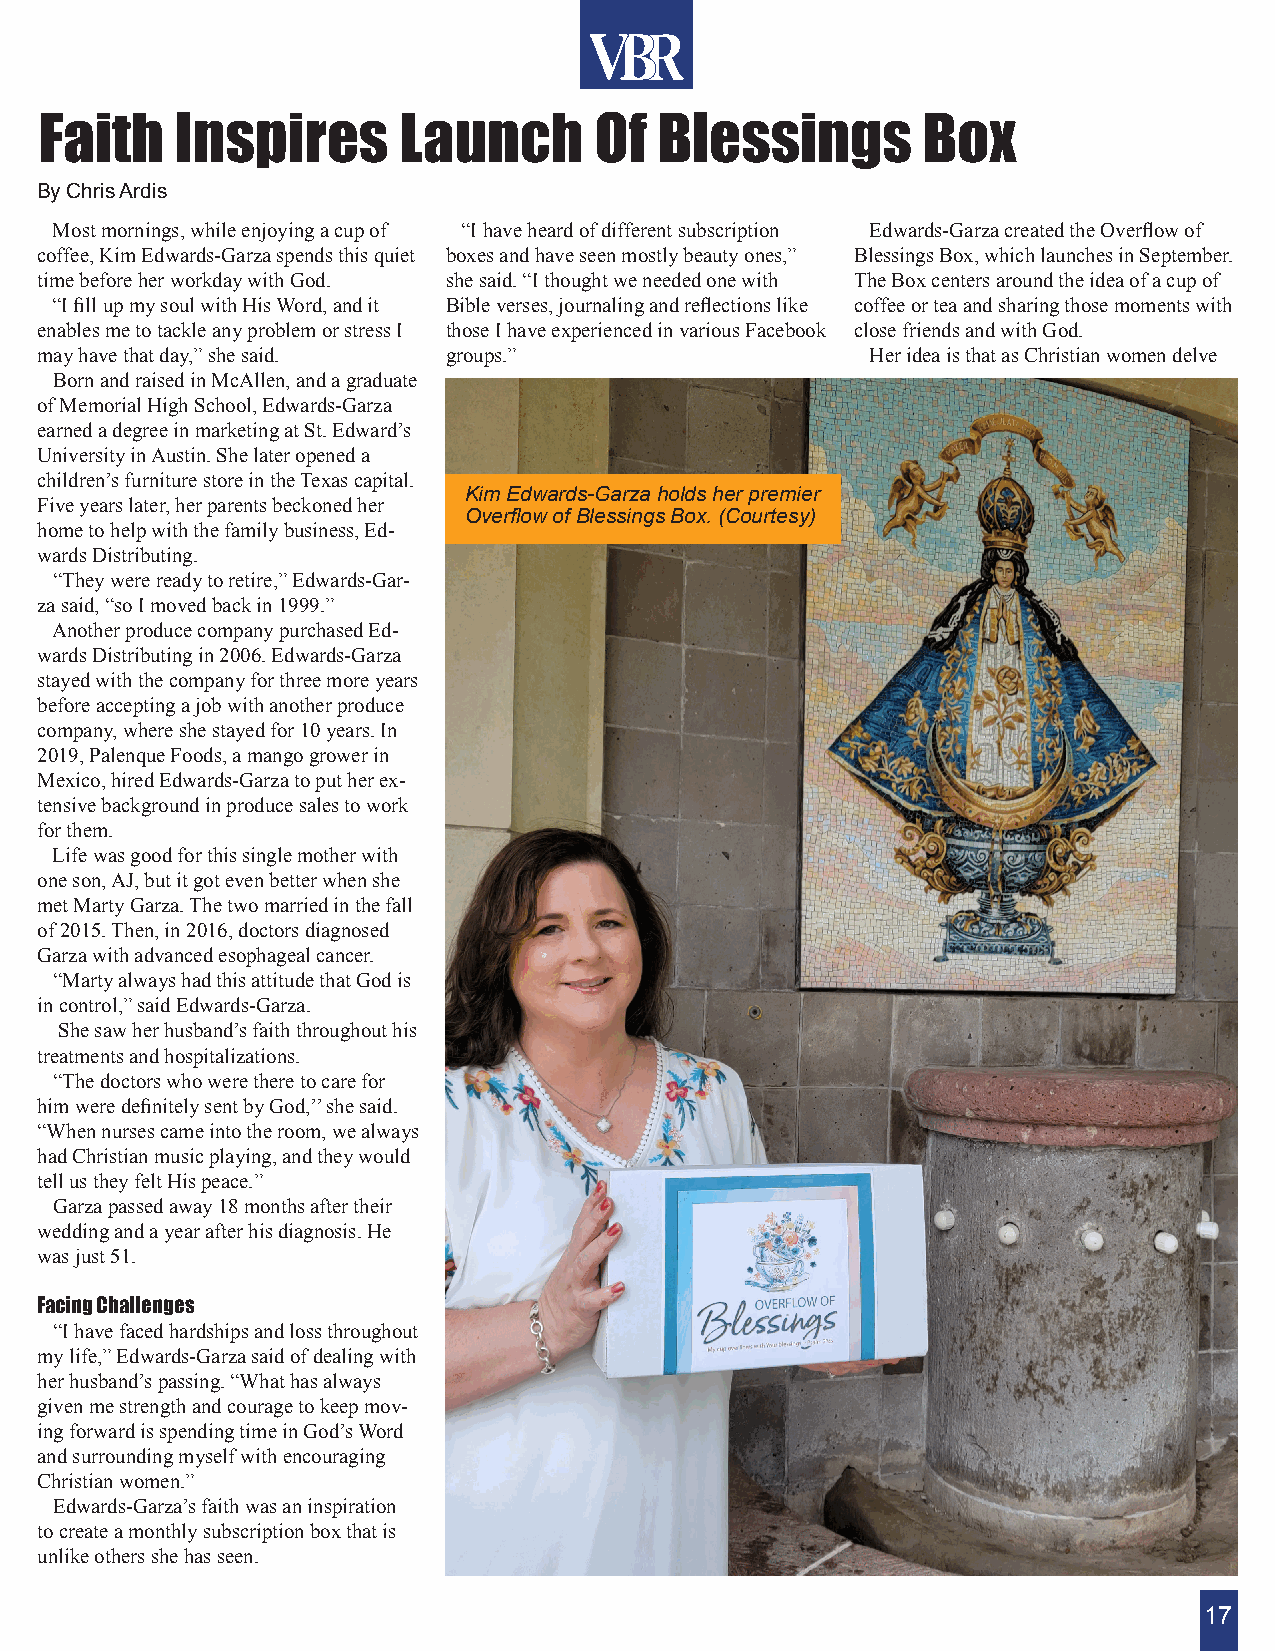
Faith    Inspires      Launch       Of   Blessings        Box
 By Chris Ardis
 Most mornings, while enjoying a cup of “I have heard of different subscription Edwards-Garza created the Overflow of
 coffee, Kim Edwards-Garza spends this quiet boxes and have seen mostly beauty ones,” Blessings Box, which launches in September.
 time before her workday with God. she said. “I thought we needed one with The Box centers around the idea of a cup of
 “I fill up my soul with His Word, and it Bible verses, journaling and reflections like coffee or tea and sharing those moments with
 enables me to tackle any problem or stress I those I have experienced in various Facebook close friends and with God.
 may have that day,” she said. groups.”                  Her idea is that as Christian women delve
 Born and raised in McAllen, and a graduate
 of Memorial High School, Edwards-Garza
 earned a degree in marketing at St. Edward’s
 University in Austin. She later opened a
 children’s furniture store in the Texas capital.
 Kim Edwards-Garza holds her premier
 Five years later, her parents beckoned her
 Overflow of Blessings Box. (Courtesy)
 home to help with the family business, Ed-
 wards Distributing.
 “They were ready to retire,” Edwards-Gar-
 za said, “so I moved back in 1999.”
 Another produce company purchased Ed-
 wards Distributing in 2006. Edwards-Garza
 stayed with the company for three more years
 before accepting a job with another produce
 company, where she stayed for 10 years. In
 2019, Palenque Foods, a mango grower in
 Mexico, hired Edwards-Garza to put her ex-
 tensive background in produce sales to work
 for them.
 Life was good for this single mother with
 one son, AJ, but it got even better when she
 met Marty Garza. The two married in the fall
 of 2015. Then, in 2016, doctors diagnosed
 Garza with advanced esophageal cancer.
 “Marty always had this attitude that God is
 in control,” said Edwards-Garza.
 She saw her husband’s faith throughout his
 treatments and hospitalizations.
 “The doctors who were there to care for
 him were definitely sent by God,’’ she said.
 “When nurses came into the room, we always
 had Christian music playing, and they would
 tell us they felt His peace.”
 Garza passed away 18 months after their
 wedding and a year after his diagnosis. He
 was just 51.
 Facing Challenges
 “I have faced hardships and loss throughout
 my life,” Edwards-Garza said of dealing with
 her husband’s passing. “What has always
 given me strength and courage to keep mov-
 ing forward is spending time in God’s Word
 and surrounding myself with encouraging
 Christian women.”
 Edwards-Garza’s faith was an inspiration
 to create a monthly subscription box that is
 unlike others she has seen.
 17